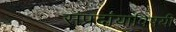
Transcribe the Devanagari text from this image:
संप्रदायाविषयी